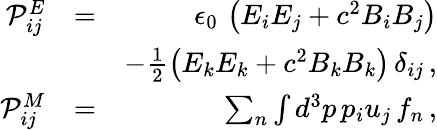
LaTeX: \begin{array}{rlr}{{\cal P}_{ij}^{E}}&{=}&{\epsilon_{0}\, \left(E_{i}E_{j}+c^{2}B_{i}B_{j}\right)}\\ &{}&{-\frac{1}{2}\left(E_{k}E_{k}+c^{2}B_{k}B_{k}\right)\, \delta_{ij}\, ,}\\ {{\cal P}_{ij}^{M}}&{=}&{\sum_{n}\int d^{3}p\, p_{i}u_{j}\, f_{n}\, ,}\end{array}